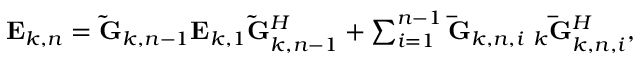
\begin{array} { r } { { { \bf { E } } _ { k , n } } = { { { \bf { \tilde { G } } } } _ { k , n - 1 } } { { \bf { E } } _ { k , 1 } } { \bf { \tilde { G } } } _ { k , n - 1 } ^ { H } + \sum _ { i = 1 } ^ { n - 1 } { { { { \bf { \bar { G } } } } _ { k , n , i } } } { { \bf { \Sigma } } _ { k } } { { { \bf { \bar { G } } } } _ { k , n , i } ^ { H } } , } \end{array}